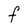
Character: F